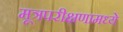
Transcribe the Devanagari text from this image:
मूत्रपरीक्षणामध्ये